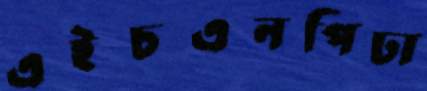
এইচএনপিঢা